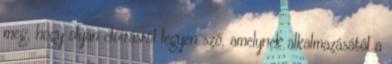
meg, hogy olyan előírásról legyen szó, amelynek alkalmazásától a